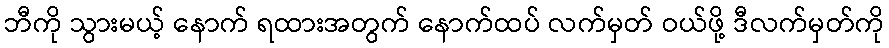
ဘီကို သွားမယ့် နောက် ရထားအတွက် နောက်ထပ် လက်မှတ် ဝယ်ဖို့ ဒီလက်မှတ်ကို